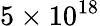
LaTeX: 5\times 10^{18}